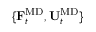
\{ \mathbf { F } _ { t } ^ { \mathrm { M D } } , \mathbf { U } _ { t } ^ { \mathrm { M D } } \}